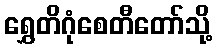
ရွှေတိဂုံစေတီတော်သို့